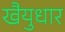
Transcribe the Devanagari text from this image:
खैयुधार